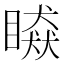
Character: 䁭